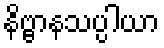
နိဗ္ဗာနသပ္ပါယာ